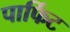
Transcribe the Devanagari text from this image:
पार्फिट